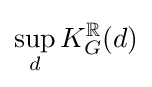
\sup _{d}K_{G}^{\mathbb {R} }(d)